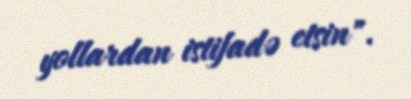
yollardan istifadə etsin".